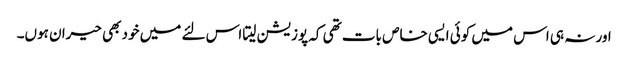
اور نہ ہی اس میں کوئی ایسی خاص بات تھی کہ پوزیشن لیتا اس لئے میں خود بھی حیران ہوں۔